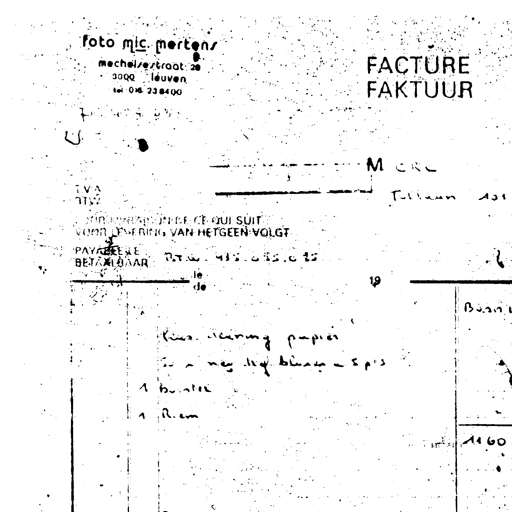
foto mic. mertens
mechelsestraat 28
3000 leuven FACTURE
tel. 016 23 84 00 FAKTUUR
M CRC
T.V.A. Tollaan 101
B.T.W.
POUR LIVRAISON DE CE QUI SUIT
VOOR LEVERING VAN HETGEEN VOLGT
PAYABLE LE B.T.W. 415.655.025
BETAALBAAR
le
de 19
Bonn
Kies. deining papier
in neg. lof blauw - 5 p's
1 bundel
1 Riem
1160